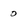
Character: 0